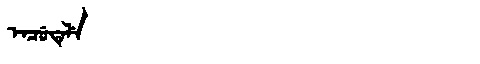
Manchu: ᡝᠨᠴᡠᡨᡝᠯᡝ
Romanization: ENCUTELE